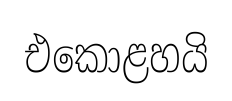
එකොළහයි